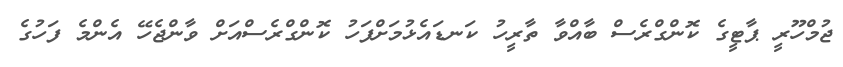
ޖުމްހޫރީ ޕާޓީގެ ކޮންގްރެސް ބާއްވާ ތާރީހު ކަނޑައެޅުމަށްފަހު ކޮންގްރެސްއަށް ވާންޖެހޭ އެންމެ ފަހުގެ